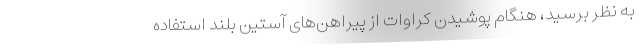
به نظر برسید، هنگام پوشیدن کراوات از پیراهن‌های آستین بلند استفاده